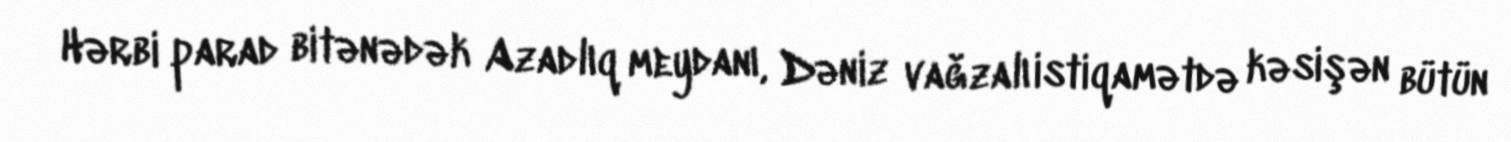
Hərbi parad bitənədək Azadlıq meydanı, Dəniz vağzalı istiqamətdə kəsişən bütün